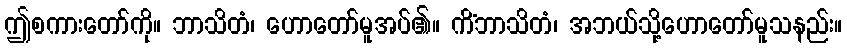
ဤစကားတော်ကို။ ဘာသိတံ၊ ဟောတော်မူအပ်၏။ ကိံဘာသိတံ၊ အဘယ်သို့ဟောတော်မူသနည်း။